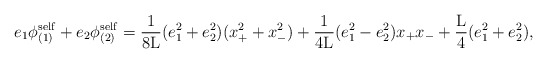
\begin{align*}e_1 {\phi}_{(1)}^{\rm self} + e_2 {\phi}_{(2)}^{\rm self} =\frac{1}{8{\rm L}} (e_1^2 + e_2^2) (x_{+}^2 + x_{-}^2)+ \frac{1}{4{\rm L}} (e_1^2 - e_2^2) x_{+}x_{-}+ \frac{{\rm L}}{4} (e_1^2 + e_2^2),\end{align*}